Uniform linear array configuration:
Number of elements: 12
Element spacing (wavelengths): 1
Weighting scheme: uniform
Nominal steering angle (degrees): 45
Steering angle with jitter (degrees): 43.459
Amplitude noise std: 0.05
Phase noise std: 0.05

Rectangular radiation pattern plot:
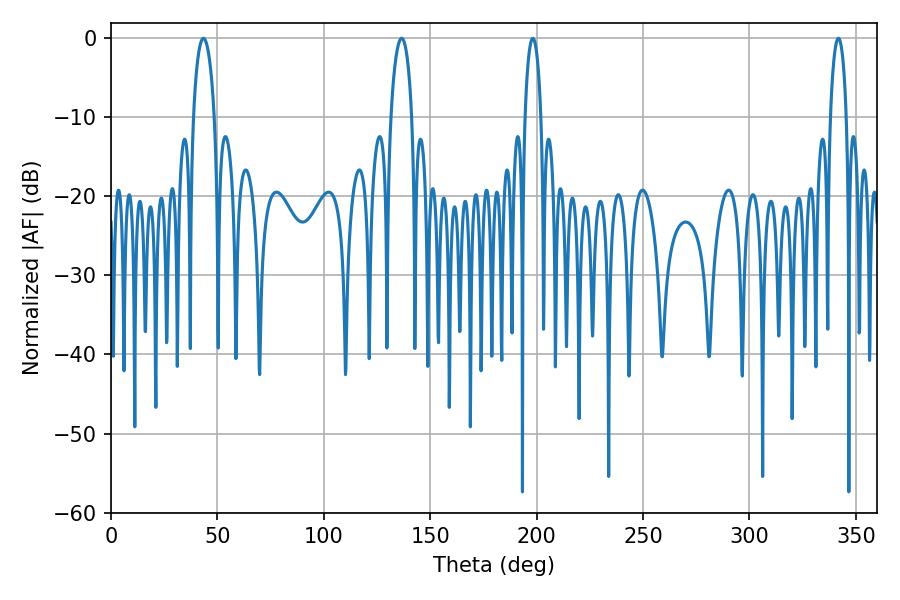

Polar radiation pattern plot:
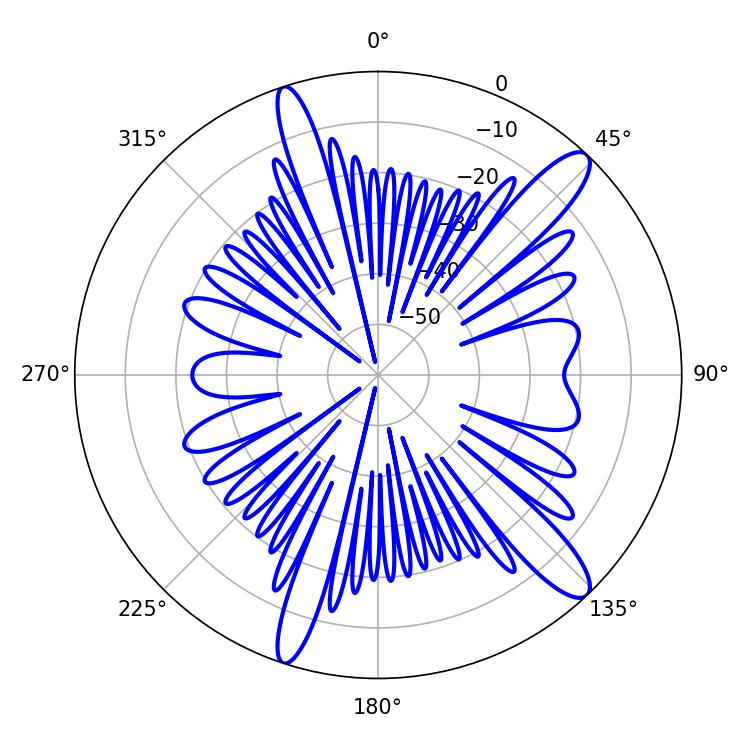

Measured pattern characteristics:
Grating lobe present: TRUE
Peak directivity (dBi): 12.946
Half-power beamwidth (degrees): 4.32
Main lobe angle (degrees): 198.18